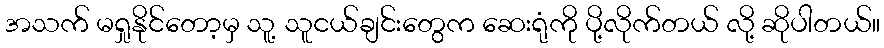
အသက် မရှုနိုင်တော့မှ သူ့ သူငယ်ချင်းတွေက ဆေးရုံကို ပို့လိုက်တယ် လို့ ဆိုပါတယ်။